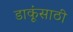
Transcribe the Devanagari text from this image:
डाकूंसाठी